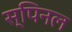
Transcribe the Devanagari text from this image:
स्पिनल